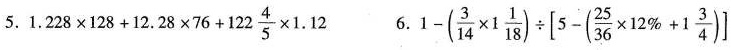
5. $$1.228 \times 128+12.28 \times 76+122 \frac{4}{5} \times 1.12$$ 6. $$1-(\frac{3}{14} \times 1 \frac{1}{18}) \div \left [5-(\frac{25}{36} \times 12 \%+1 \frac{3}{4})\right ]$$